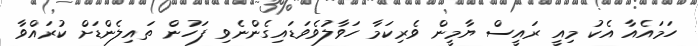
ހަމައެއާ އެކު މިއީ ރައީސް ޔާމީން ވެރިކަމާ ހަވާލުވެވަޑައިގެންނެވި ފަހުން ތައިލެންޑަށް ކުރައްވާ